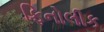
ફિનોલીક